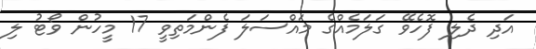
އަދި ދެލި ފޮހެވޭ ގަލަމެއްގެ މައްސަލަ ފެންމަތިވީ 17 މީހުން ވޯޓު ލި